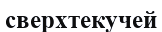
сверхтекучей